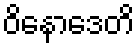
ဝိနောဒေတိ